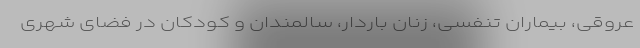
عروقی، بیماران تنفسی، زنان باردار، سالمندان و کودکان در فضای شهری